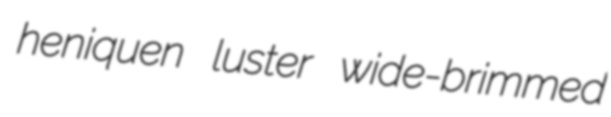
heniquen luster wide-brimmed